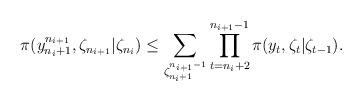
LaTeX: \begin{align*}\pi(y_{n_i+1}^{n_{i+1}},\zeta_{n_{i+1}}|\zeta_{n_i})\le\sum_{\zeta_{n_i+1}^{n_{i+1}-1}}\prod_{t=n_i+2}^{n_{i+1}-1}\pi(y_t,\zeta_t|\zeta_{t-1}).\end{align*}